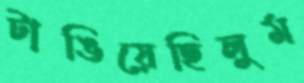
টাঙিয়েছিলুম